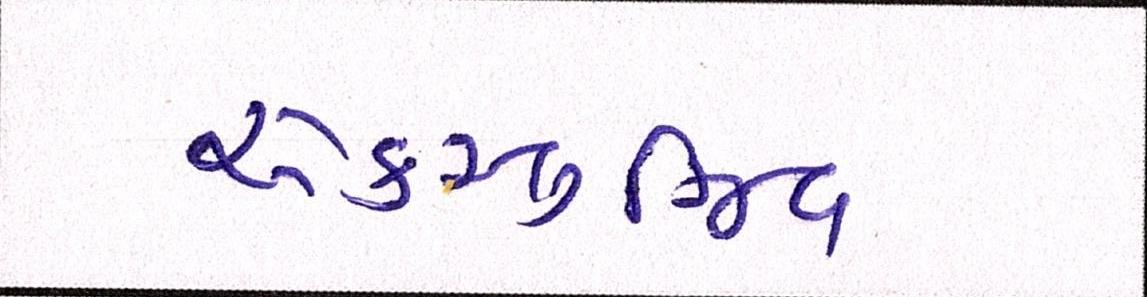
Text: એક્સ્લુઝિવ